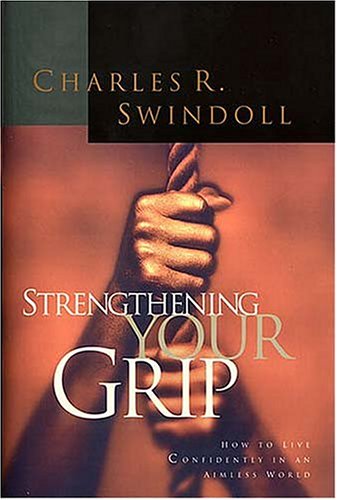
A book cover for Strengthening Your Grip; Charles R. Swindoll; Christian Books & Bibles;